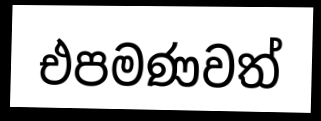
එපමණවත්